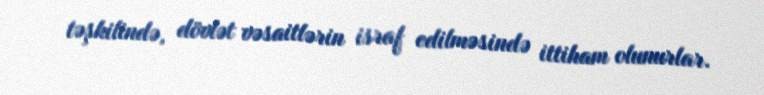
təşkilində, dövlət vəsaitlərin israf edilməsində ittiham olunurlar.